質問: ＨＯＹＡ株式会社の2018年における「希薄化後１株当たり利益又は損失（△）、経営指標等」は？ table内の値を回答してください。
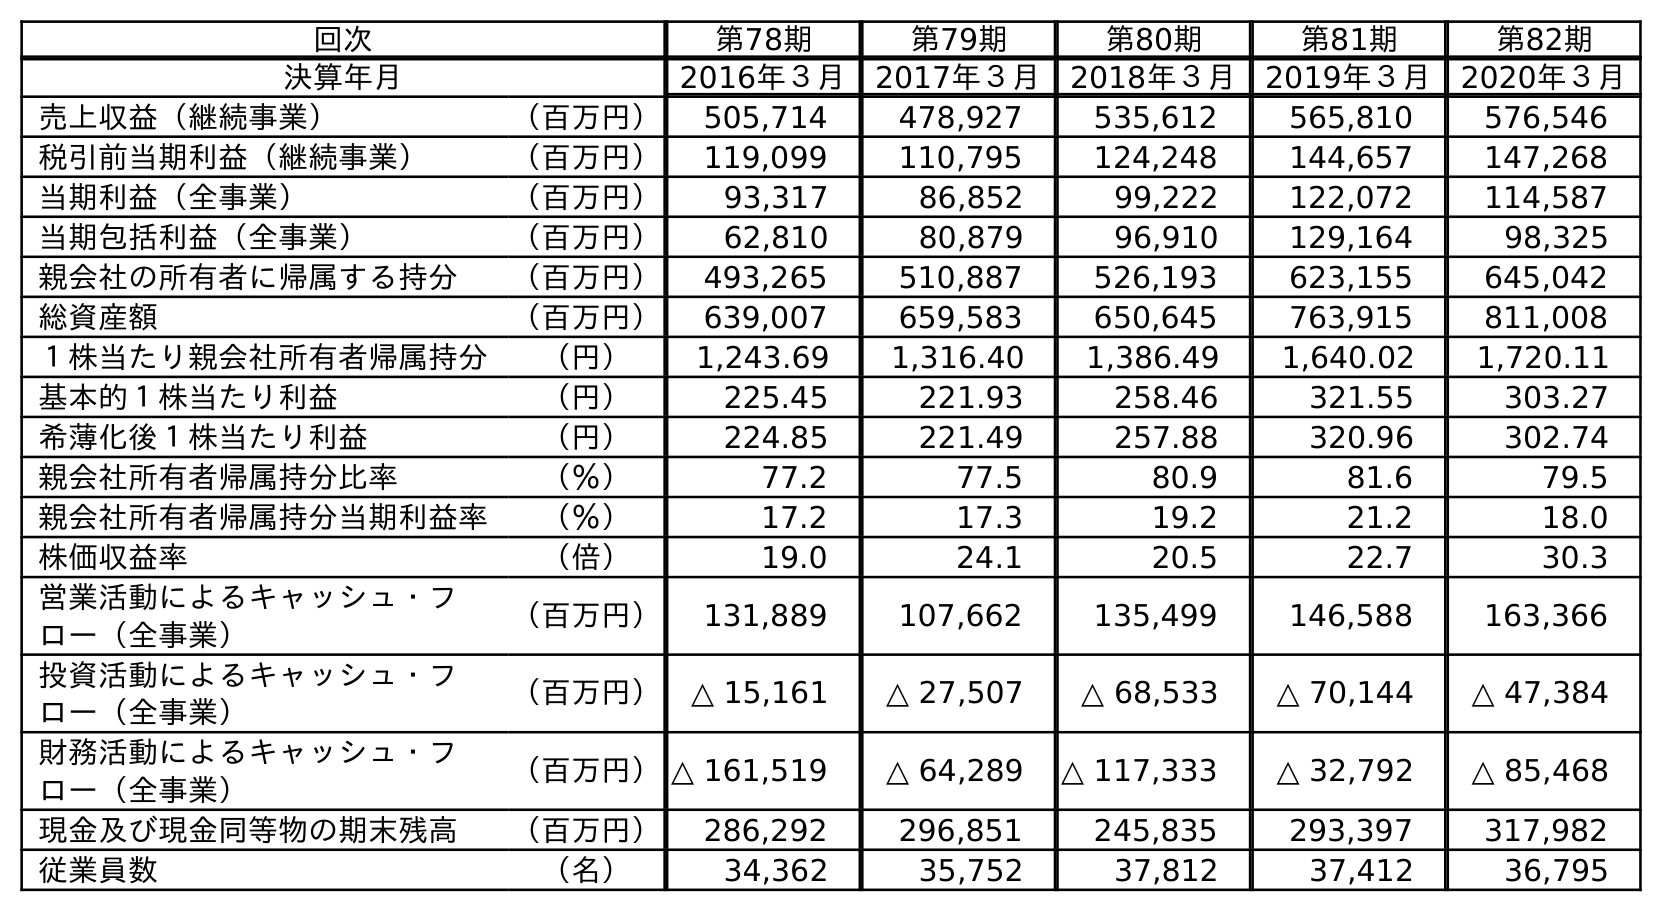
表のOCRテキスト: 回次 第78期 第79期 第80期 第81期 第82期 決算年月 2016年３月 2017年３月 2018年３月 2019年３月 2020年３月 売上収益（継続事業） （百万円） 505,714 478,927 535,612 565,810 576,546 税引前当期利益（継続事業） （百万円） 119,099 110,795 124,248 144,657 147,268 当期利益（全事業） （百万円） 93,317 86,852 99,222 122,072 114,587 当期包括利益（全事業） （百万円） 62,810 80,879 96,910 129,164 98,325 親会社の所有者に帰属する持分 （百万円） 493,265 510,887 526,193 623,155 645,042 総資産額 （百万円） 639,007 659,583 650,645 763,915 811,008 １株当たり親会社所有者帰属持分 （円） 1,243.69 1,316.40 1,386.49 1,640.02 1,720.11 基本的１株当たり利益 （円） 225.45 221.93 258.46 321.55 303.27 希薄化後１株当たり利益 （円） 224.85 221.49 257.88 320.96 302.74 親会社所有者帰属持分比率 （％） 77.2 77.5 80.9 81.6 79.5 親会社所有者帰属持分当期利益率 （％） 17.2 17.3 19.2 21.2 18.0 株価収益率 （倍） 19.0 24.1 20.5 22.7 30.3 営業活動によるキャッシュ・フ ロー（全事業） （百万円） 131,889 107,662 135,499 146,588 163,366 投資活動によるキャッシュ・フ ロー（全事業） （百万円） △ 15,161 △ 27,507 △ 68,533 △ 70,144 △ 47,384 財務活動によるキャッシュ・フ ロー（全事業） （百万円）△ 161,519 △ 64,289 △ 117,333 △ 32,792 △ 85,468 現金及び現金同等物の期末残高 （百万円） 286,292 296,851 245,835 293,397 317,982 従業員数 （名） 34,362 35,752 37,812 37,412 36,795
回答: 257.88